65_HS1-834228961_62-HQ-83894_Section_1
Agency: FBI
Page 146
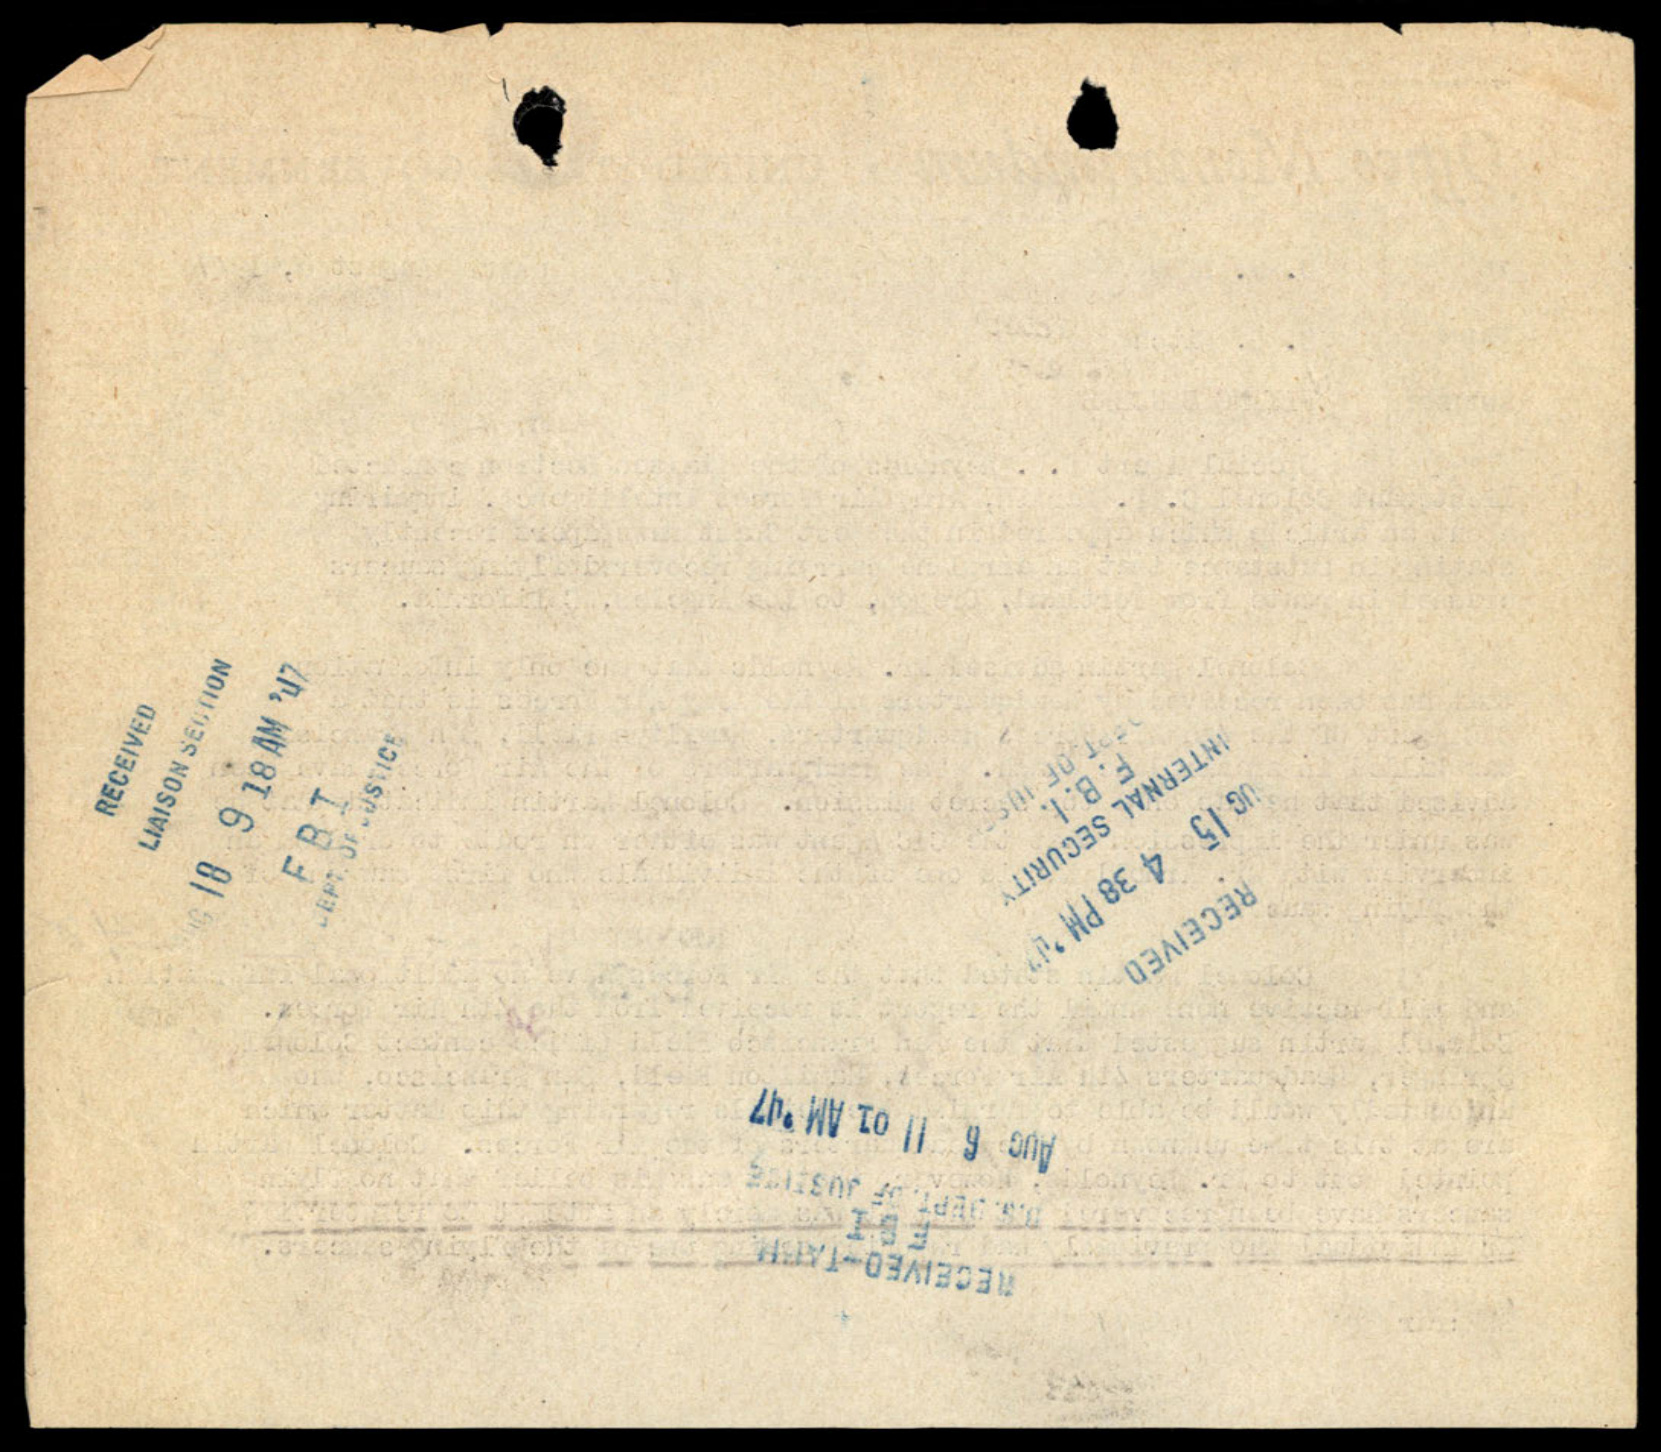